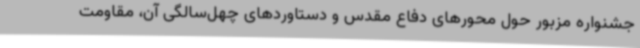
جشنواره مزبور حول محورهای دفاع مقدس و دستاوردهای چهل‌سالگی آن، مقاومت